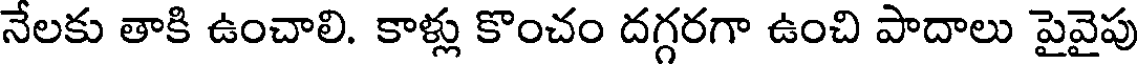
నేలకు తాకి ఉంచాలి. కాళ్లు కొంచం దగ్గరగా ఉంచి పాదాలు పైవైపు